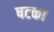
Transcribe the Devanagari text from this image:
षटका